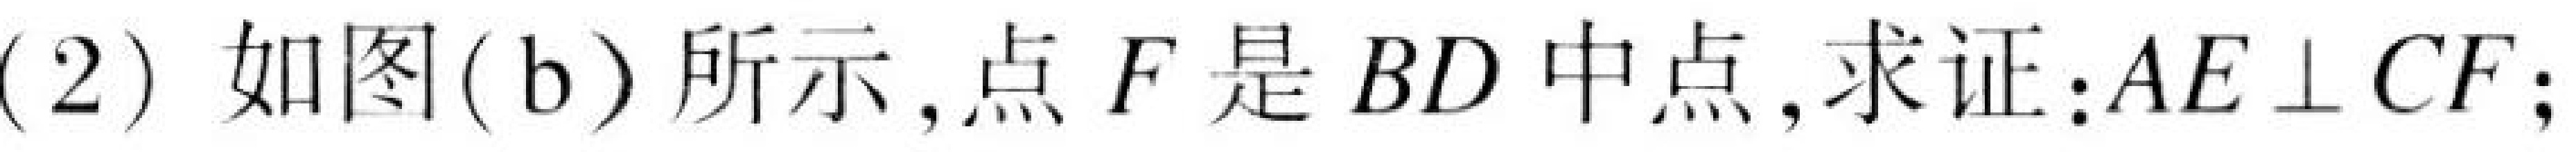
(2) 如图(b)所示,点\(F\)是\(BD\)中点,求证:\(AE\perp CF\);